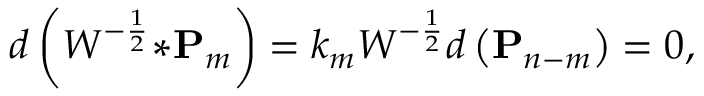
d \left( W ^ { - \frac { 1 } { 2 } } { \ast { \bf P } _ { m } } \right) = k _ { m } W ^ { - \frac { 1 } { 2 } } d \left( { \bf P } _ { n - m } \right) = 0 ,